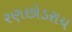
રણછોડરાય